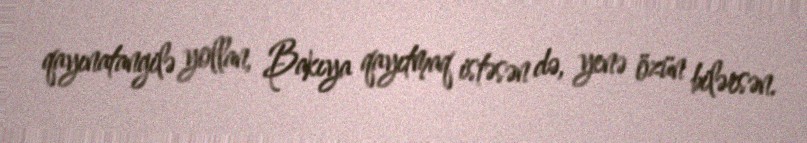
qayınatangilə yollan, Bakıya qayıtmaq istəsən də, yenə özün bilərsən.